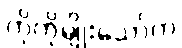
ကိုကိုမျိုးသော်က